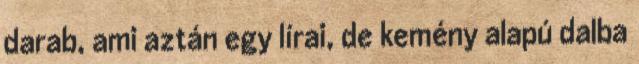
darab, ami aztán egy lírai, de kemény alapú dalba